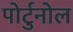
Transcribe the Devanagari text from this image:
पोर्टुनोल